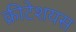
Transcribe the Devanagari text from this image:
क्रीटेशयस